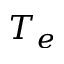
T _ { e }